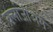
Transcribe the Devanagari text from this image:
क्लांजीअम